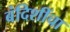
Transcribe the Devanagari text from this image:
बंदिशींचा